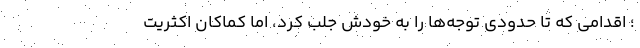
؛ اقدامی که تا حدودی توجه‌ها را به خودش جلب کرد، اما کماکان اکثریت